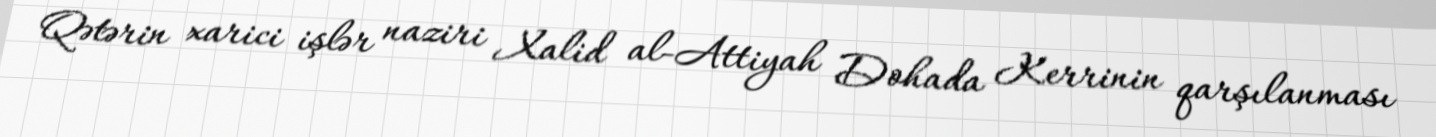
Qətərin xarici işlər naziri Xalid al-Attiyah Dohada Kerrinin qarşılanması